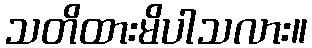
သတိထားမိပါသလား။